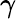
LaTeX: \gamma